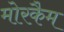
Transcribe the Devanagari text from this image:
मोरकैम